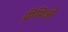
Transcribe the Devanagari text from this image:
प्रीमिओ